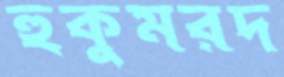
হুকুমরদ